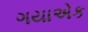
ગયાએક